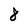
Character: 8